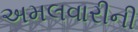
અમલવારીની